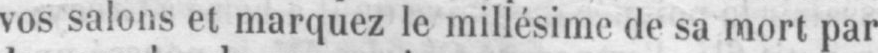
vos salons et marquez le millésime de sa mort par